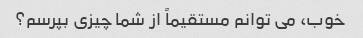
خوب، می توانم مستقیماً از شما چیزی بپرسم؟